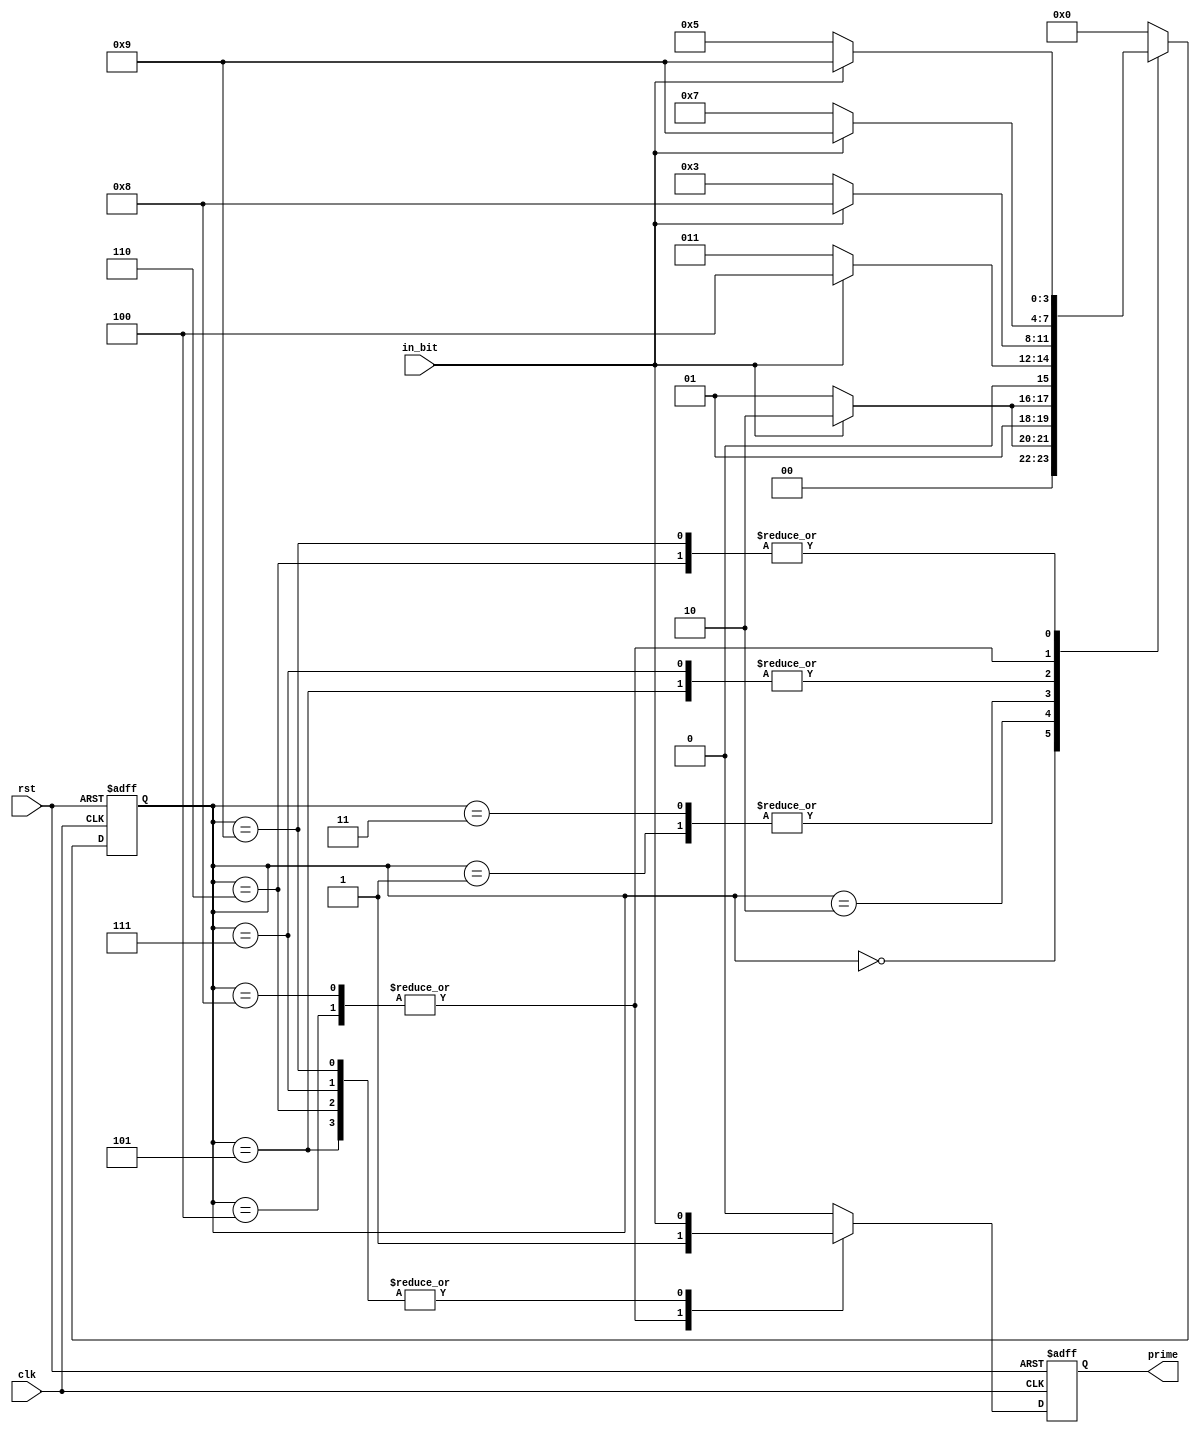
module prime_detector_behavioral(input in_bit, clk, rst, output reg prime);

//This module implements a prime detector using behavioral verilog

localparam STXXX = 4'b0000;
localparam STXX0 = 4'b0001;
localparam STXX1 = 4'b0010;
localparam ST000 = 4'b0011;
localparam ST001 = 4'b0100;

localparam ST110 = 4'b0101;
localparam STX11 = 4'b0110;
localparam ST010 = 4'b0111;
localparam ST101 = 4'b1000;
localparam ST111 = 4'b1001;

reg [3:0] state;

always @(posedge clk, posedge rst) begin
	if(rst == 1'b1) begin
		state <= STXXX;
		prime <= 1'b0;
	end
	else begin
		case (state) 
			STXXX: begin 
					state <= in_bit ? STXX1 : STXX0;
					prime <= 1'b0;
					end 
			STXX0: begin 
					state <= in_bit ? ST001 : ST000;
					prime <= 1'b0;
					end 
			STXX1: begin 
					state <= in_bit ? STX11 : ST110;
					prime <= 1'b0;
					end 
			ST000: begin 
					state <= in_bit ? ST001 : ST000;
					prime <= 1'b0;
					end 
			ST001: begin 
					state <= in_bit ? ST111 : ST010;
					prime <= 1'b1;
					end 
			ST110: begin 
					state <= in_bit ? ST101 : ST000;
					prime <= in_bit;
					end 
			STX11: begin 
					state <= in_bit ? ST111 : ST110;
					prime <= in_bit;
					end 
			ST010: begin
					state <= in_bit ? ST101 : ST000;
					prime <= in_bit;
					end 
			ST101: begin
					state <= in_bit ? ST111 : ST010;
					prime <= 1'b1;
					end
			ST111: begin
					state <= in_bit ? ST111 : ST110;
					prime <= in_bit;
					end
			default: begin
					state <= STXXX;
					prime <= 1'b0;
					end
		endcase
	end
end
endmodule // prime_detector_behavioral